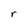
Character: r